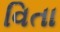
વિતા